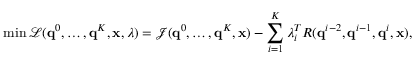
\operatorname* { m i n } \mathcal { L } ( \mathbf { q } ^ { 0 } , \dots , \mathbf { q } ^ { K } , \ensuremath { \mathbf { x } } , \lambda ) = \mathcal { J } ( \mathbf { q } ^ { 0 } , \dots , \mathbf { q } ^ { K } , \ensuremath { \mathbf { x } } ) - \sum _ { i = 1 } ^ { K } \lambda _ { i } ^ { T } R ( \mathbf { q } ^ { i - 2 } , \mathbf { q } ^ { i - 1 } , \mathbf { q } ^ { i } , \ensuremath { \mathbf { x } } ) ,